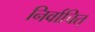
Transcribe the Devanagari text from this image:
निर्वाचित्